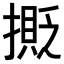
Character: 𢵉